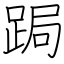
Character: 跼